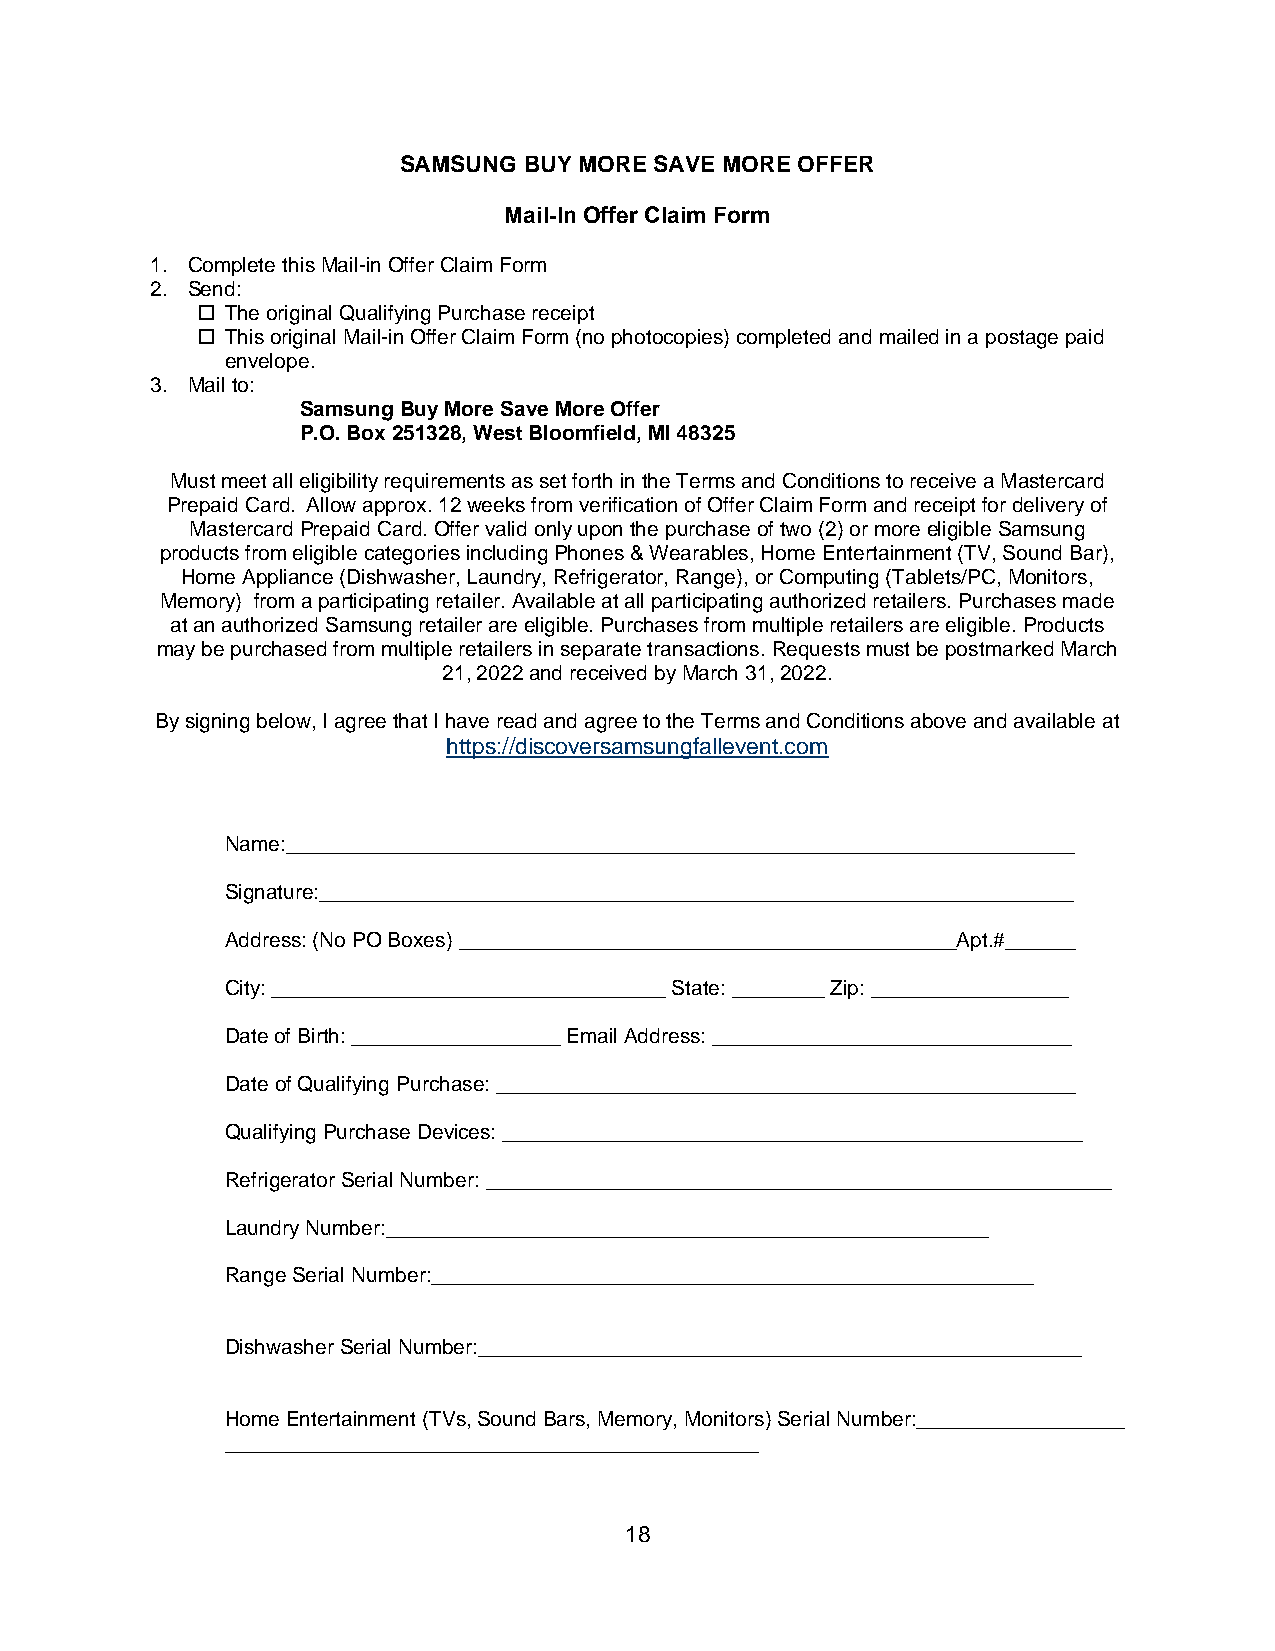
SAMSUNG  BUY MORE SAVE MORE OFFER
 Mail-In Offer Claim Form
 1. Complete this Mail-in Offer Claim Form
 2. Send:
  The original Qualifying Purchase receipt
  This original Mail-in Offer Claim Form (no photocopies) completed and mailed in a postage paid
 envelope.
 3. Mail to:
 Samsung Buy More Save More Offer
 P.O. Box 251328, West Bloomfield, MI 48325
 Must meet all eligibility requirements as set forth in the Terms and Conditions to receive a Mastercard
 Prepaid Card. Allow approx. 12 weeks from verification of Offer Claim Form and receipt for delivery of
 Mastercard Prepaid Card. Offer valid only upon the purchase of two (2) or more eligible Samsung
 products from eligible categories including Phones & Wearables, Home Entertainment (TV, Sound Bar),
 Home Appliance (Dishwasher, Laundry, Refrigerator, Range), or Computing (Tablets/PC, Monitors,
 Memory) from a participating retailer. Available at all participating authorized retailers. Purchases made
 at an authorized Samsung retailer are eligible. Purchases from multiple retailers are eligible. Products
 may be purchased from multiple retailers in separate transactions. Requests must be postmarked March
 21, 2022 and received by March 31, 2022.
 By signing below, I agree that I have read and agree to the Terms and Conditions above and available at
 https://discoversamsungfallevent.com
 Name:____________________________________________________________________
 Signature:_________________________________________________________________
 Address: (No PO Boxes) ___________________________________________Apt.#______
 City: __________________________________ State: ________ Zip: _________________
 Date of Birth: __________________ Email Address: _______________________________
 Date of Qualifying Purchase: __________________________________________________
 Qualifying Purchase Devices: __________________________________________________
 Refrigerator Serial Number: ______________________________________________________
 Laundry Number:____________________________________________________
 Range Serial Number:____________________________________________________
 Dishwasher Serial Number:____________________________________________________
 Home Entertainment (TVs, Sound Bars, Memory, Monitors) Serial Number:__________________
 ______________________________________________
 18